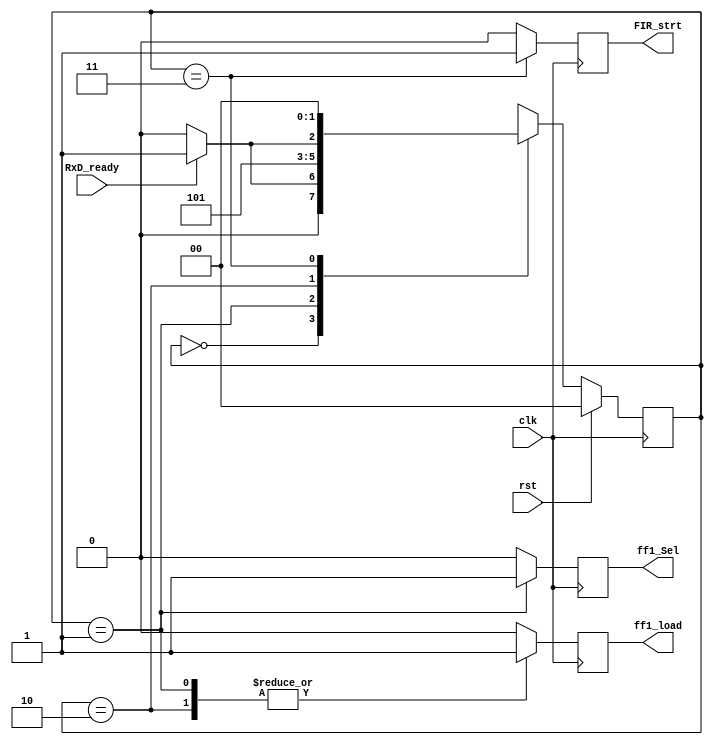
module rec_cu(
    RxD_ready,
    clk,
    rst,
    ff1_Sel,
    ff1_load,
    FIR_strt
);
    input RxD_ready, clk,rst;
    output reg ff1_Sel, ff1_load, FIR_strt;

    reg [1:0] ns, ps;

    parameter [1:0] idle        = 2'b00,
                    get_msb     = 2'b01,
                    get_lsb     = 2'b10,
                    input_valid = 2'b11;

    always@(posedge clk) begin
        if(rst)
            ps <= 0;
        else begin
            ps <= ns;
        end
    end
    always@(*) begin
        case(ps)
            idle:           ns = (RxD_ready == 1'b1) ? get_msb : idle;
            get_msb:        ns = get_lsb;
            get_lsb:        ns = (RxD_ready == 1'b1) ? input_valid : get_lsb;
            input_valid:    ns = idle;
        endcase
    end
    always@(posedge clk) begin
        {ff1_Sel, ff1_load, FIR_strt} = 0;
        case(ps)
            get_msb: {ff1_Sel, ff1_load} = 2'b11;
            get_lsb: {ff1_Sel, ff1_load} = 2'b01;
            input_valid: FIR_strt = 1'b1;
        endcase
    end
endmodule